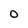
Character: 0